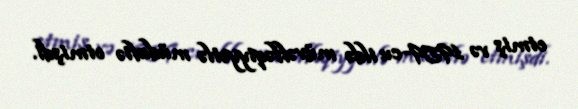
etmiş və 1959-cu ildə müvəffəqiyyətlə müdafiə etmişdi.